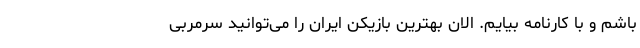
باشم و با کارنامه بیایم. الان بهترین بازیکن ایران را می‌توانید سرمربی